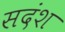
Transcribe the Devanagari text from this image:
सदंश